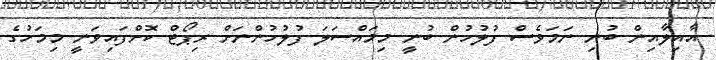
އާއިލާއިން ބުނި ނަމަވެސް ފުލުހުން ބުނީ މިމައްސަލަ ފުލުހުންނަށް ރިޕޯޓް ކޮށްފައިވަނީ މިމަހުގެ